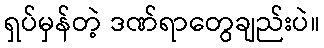
ရှပ်မှန်တဲ့ ဒဏ်ရာတွေချည်းပဲ။